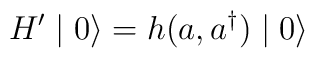
H'\mid 0 \rangle = h(a,a^{\dagger}) \mid 0 \rangle